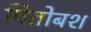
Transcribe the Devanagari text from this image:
पितोबश